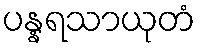
ပန္နရသာယုတံ